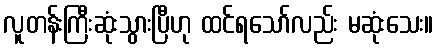
လူတန်းကြီးဆုံးသွားပြီဟု ထင်ရသော်လည်း မဆုံးသေး။